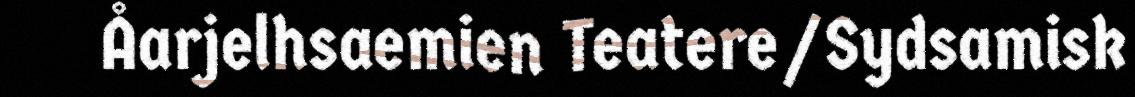
Åarjelhsaemien Teatere/Sydsamisk